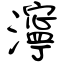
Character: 濘